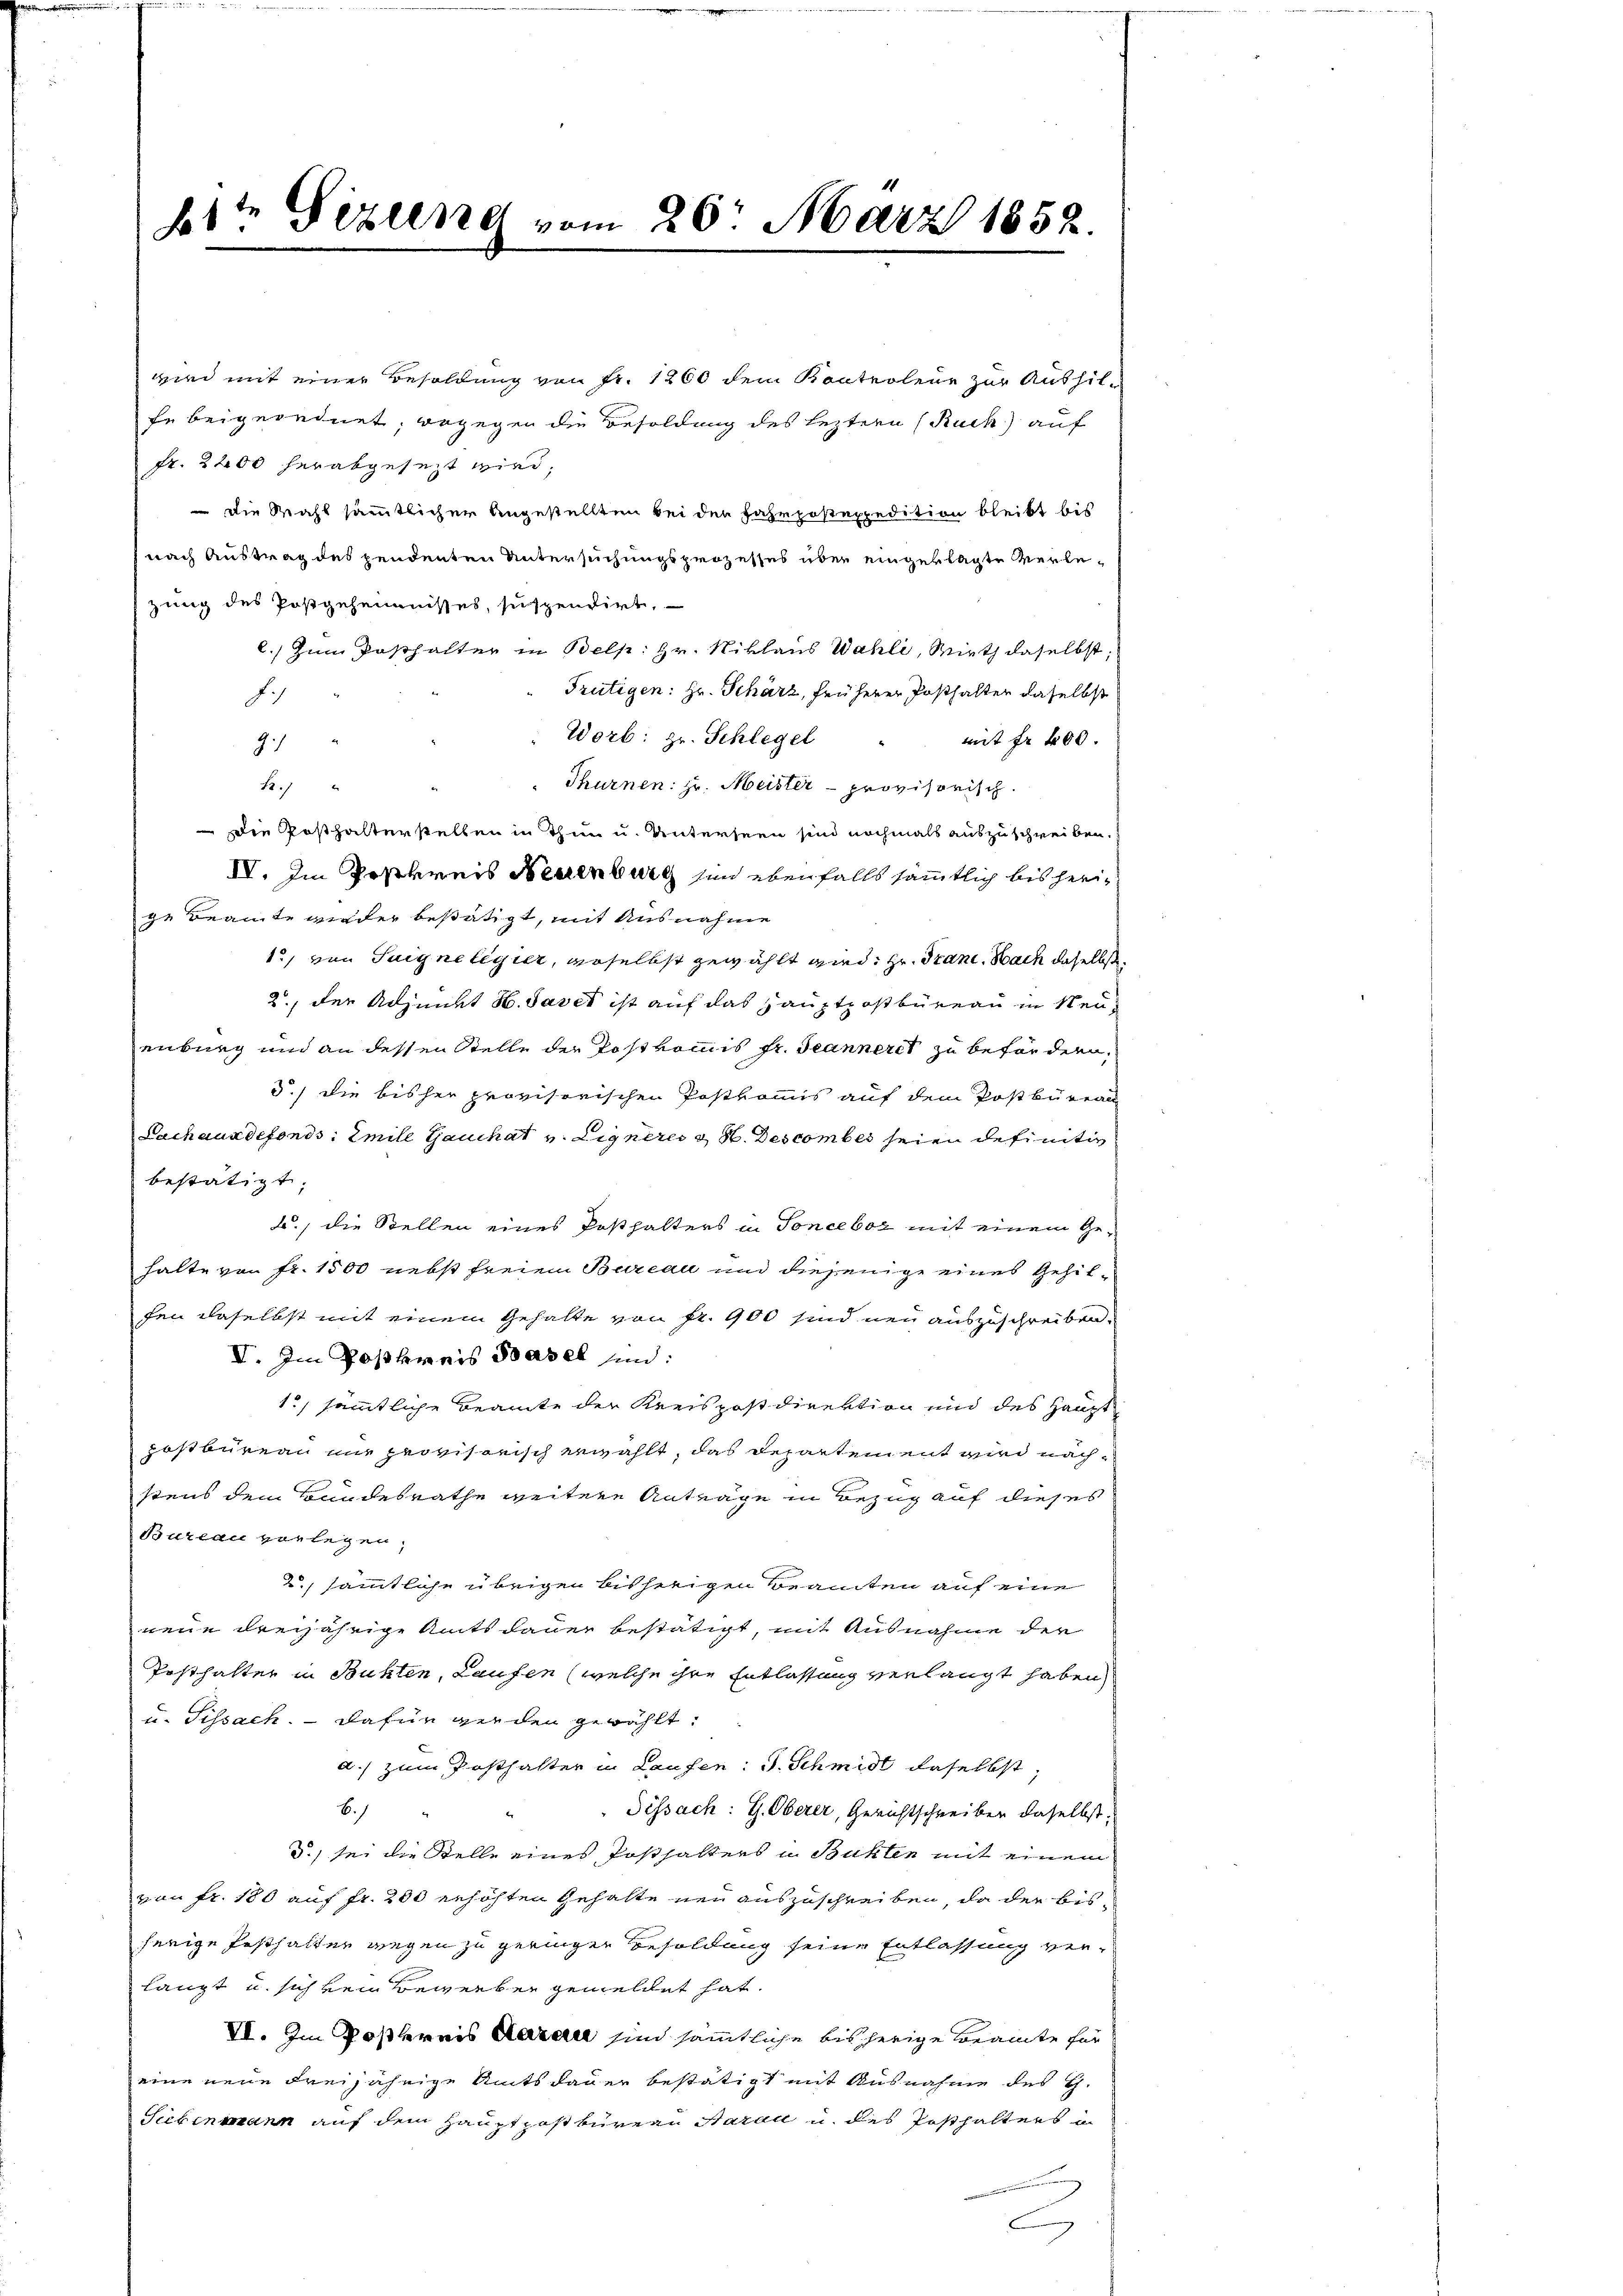
bt? Sizung vom 26. März 1858.

wird mit einer Besoldung von Fr. 1260 dem Kontroleur zur Aushilu
fe beigeordnet, wogegen die Besoldung des leztern (Ruck) auf
fr. 2200 herabgesezt wird,
 die Wahl sämmtlicher Angestellten bei den Fahrpostexpedition bleibt bis
f nach Austrag des pendenten Untersuchungsprozesses über eingeklagte Verlezung des Postgeheimisses, suspendirt,
C.) Zum Posthalter in Belp: Hr. Niklaus Wahli, Wirth daselbst;
Frutigen: Hr. Schärz, früherer Posthalter daselbst
S.
Worb: Hr. Schlegel " mit Fr. 400.
91
Thurnen: zu. Meister - provisorisch.
.1
Die Posthalterstellen in Thun u. Unterseen sind nochmals auszuschreiben.
IV. Im Postkreis Neuenburg sind ebenfalls sämmtlich bis herige Beamte wieder bestätigt, mit Ausnahme
1., von Suigne legier, erselbst gewählt wird. Hr. Gran. Nach daselbst
2., der Adjunkt H. Taver ist auf das Hauptpostbüreau in Neuenburg und an dessen Stelle der Postkommis Fr. Jeanneret zu befördern,
3.) die bisher provisorischen Postkommis auf dem Postbüreau
Lachauxdefonds, Emile auchat v. Aigneres u St. Descomber seien definitiv
bestätigt.
2., die Stellen eines Posthalters in Sonceboz mit einem Gehalte von fr. 1500 nebst freien Bureau und diejenige eines Gehilfen daselbst mit einem Gehalte von fr. 900 sind neu auszuschreiben.
VI. Im Postkreis Basel und:
1) sämmtliche Beamte der Kreispostdirektion und des Haupt-
posbureau nur provisorisch erwählt, das Departement wird nachstens dem Bundesrathe weitere Anträge in Bezug auf dieses
Bureau vorlegen.
2. sämmtliche übrigen bisherigen Beamten auf eine
neun dreijährige Amtsdauer bestätigt, mit Ausnahme der
Posthalter in Bühlen, Laufen (welche ihre Entlassung verlangt haben,
u. Tissach. — Dafür werden gewählt.
a.) zum Posthalter in Laufen: J. Schmidt daselbst,
b.
Sissach: H. Oberer, Gerichtschreiben daselbst.
d.) sei die Stelle eines Posthalters in Buchten mit einem
von Fr. 180 auf fr. 200 erhöhten Gehalte neu auszuschreiben, da der bisherige Pesthalten gegen zu geringer Besoldung seine Entlassung verlangt u. sich kein Bewerben gemeldet hat.
VI. Im Postlereis daran sind sämmtliche bis herige Beamte für
eine neue Freijährige Amtsdauer bestätigt mit Ausnahme des G.
Siebenmann auf dem Hauptpostbureau darau u. des Posthalters u
C